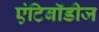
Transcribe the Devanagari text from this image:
एंटिबॉडीज